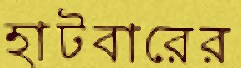
হাটবারের